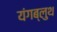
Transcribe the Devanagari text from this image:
यंगब्लुथ